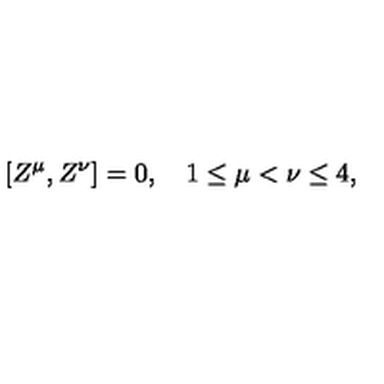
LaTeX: [ Z ^ { \mu } , Z ^ { \nu } ] = 0 , \quad 1 \leq \mu < \nu \leq 4 ,